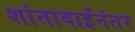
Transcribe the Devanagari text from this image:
शांताबाईंनंतर